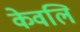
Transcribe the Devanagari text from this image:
केवलि